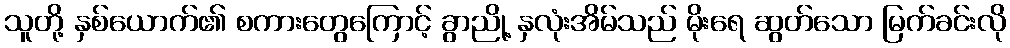
သူတို့ နှစ်ယောက်၏ စကားတွေကြောင့် ခွာညို့ နှလုံးအိမ်သည် မိုးရေ ဆွတ်သော မြက်ခင်းလို